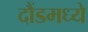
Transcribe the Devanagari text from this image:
दौंडमध्ये